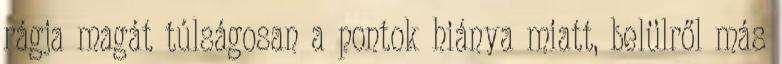
rágja magát túlságosan a pontok hiánya miatt, belülről más